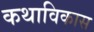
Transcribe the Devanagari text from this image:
कथाविकास